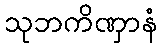
သုဘကိဏှာနံ